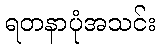
ရတနာပုံအသင်း